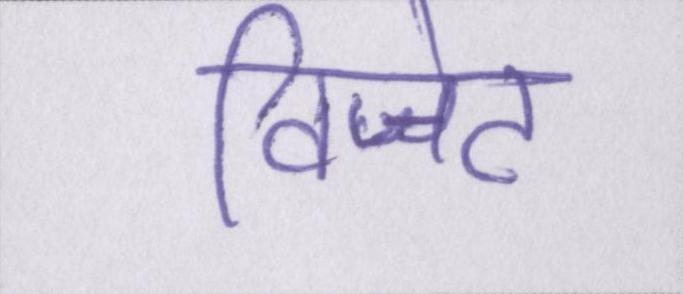
विजेट